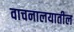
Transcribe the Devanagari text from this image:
वाचनालयातील